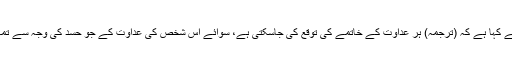
کسی شاعر نے کہا ہے کہ (ترجمہ) ہر عداوت کے خاتمے کی توقع کی جاسکتی ہے، سوائے اس شخص کی عداوت کے جو حسد کی وجہ سے تمہارا دشمن ہو۔